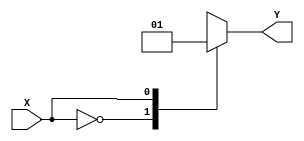
module case_statement (
    input wire X,
    output reg Y
);

always @(*) begin
    case (X)
        2'b00: Y <= 1'b0; // Action to be taken when X is '00'
        2'b01: Y <= 1'b1; // Action to be taken when X is '01'
        2'b10: Y <= 1'b0; // Action to be taken when X is '10'
        default: Y <= 1'b1; // Default action if none of the specified cases match
    endcase
end

endmodule